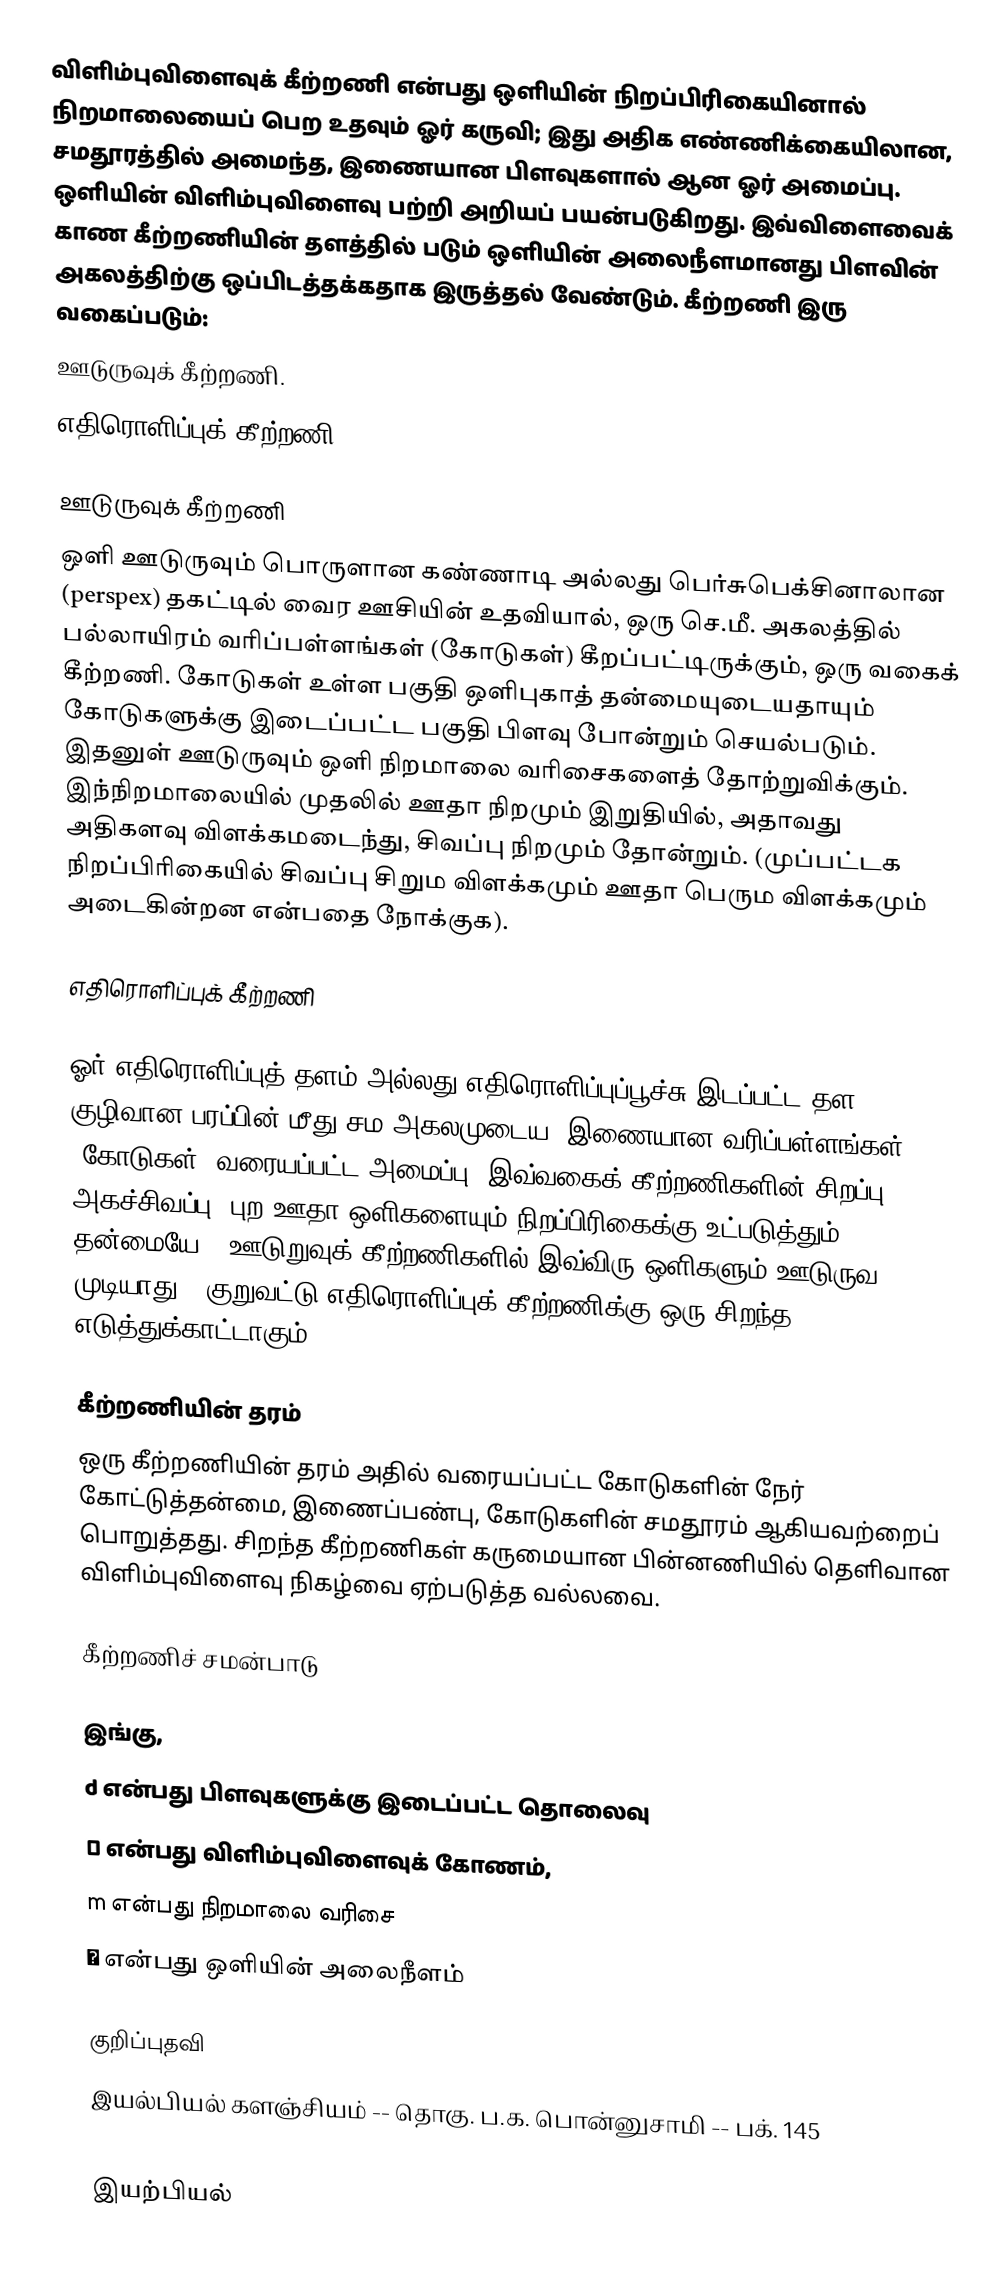
விளிம்புவிளைவுக் கீற்றணி என்பது ஒளியின் நிறப்பிரிகையினால் நிறமாலையைப் பெற உதவும் ஓர் கருவி; இது அதிக எண்ணிக்கையிலான, சமதூரத்தில் அமைந்த, இணையான பிளவுகளால் ஆன ஓர் அமைப்பு. ஒளியின் விளிம்புவிளைவு பற்றி அறியப் பயன்படுகிறது. இவ்விளைவைக் காண கீற்றணியின் தளத்தில் படும் ஒளியின் அலைநீளமானது பிளவின் அகலத்திற்கு ஒப்பிடத்தக்கதாக இருத்தல் வேண்டும். கீற்றணி இரு வகைப்படும்:
 ஊடுருவுக் கீற்றணி.
 எதிரொளிப்புக் கீற்றணி.

ஊடுருவுக் கீற்றணி
ஒளி ஊடுருவும் பொருளான கண்ணாடி அல்லது பெர்சுபெக்சினாலான (perspex) தகட்டில் வைர ஊசியின் உதவியால், ஒரு செ.மீ. அகலத்தில் பல்லாயிரம் வரிப்பள்ளங்கள் (கோடுகள்) கீறப்பட்டிருக்கும், ஒரு வகைக் கீற்றணி. கோடுகள் உள்ள பகுதி ஒளிபுகாத் தன்மையுடையதாயும் கோடுகளுக்கு இடைப்பட்ட பகுதி பிளவு போன்றும் செயல்படும். இதனுள் ஊடுருவும் ஒளி நிறமாலை வரிசைகளைத் தோற்றுவிக்கும். இந்நிறமாலையில் முதலில் ஊதா நிறமும் இறுதியில், அதாவது அதிகளவு விளக்கமடைந்து, சிவப்பு நிறமும் தோன்றும். (முப்பட்டக நிறப்பிரிகையில் சிவப்பு சிறும விளக்கமும் ஊதா பெரும விளக்கமும் அடைகின்றன என்பதை நோக்குக).

எதிரொளிப்புக் கீற்றணி

ஓர் எதிரொளிப்புத் தளம் அல்லது எதிரொளிப்புப்பூச்சு இடப்பட்ட தள / குழிவான பரப்பின் மீது சம அகலமுடைய, இணையான வரிப்பள்ளங்கள் (கோடுகள்) வரையப்பட்ட அமைப்பு. இவ்வகைக் கீற்றணிகளின் சிறப்பு அகச்சிவப்பு, புற ஊதா ஒளிகளையும் நிறப்பிரிகைக்கு உட்படுத்தும் தன்மையே. (ஊடுறுவுக் கீற்றணிகளில் இவ்விரு ஒளிகளும் ஊடுருவ முடியாது). குறுவட்டு எதிரொளிப்புக் கீற்றணிக்கு ஒரு சிறந்த எடுத்துக்காட்டாகும்.

கீற்றணியின் தரம்
ஒரு கீற்றணியின் தரம் அதில் வரையப்பட்ட கோடுகளின் நேர் கோட்டுத்தன்மை, இணைப்பண்பு, கோடுகளின் சமதூரம் ஆகியவற்றைப் பொறுத்தது. சிறந்த கீற்றணிகள் கருமையான பின்னணியில் தெளிவான விளிம்புவிளைவு நிகழ்வை ஏற்படுத்த வல்லவை.

கீற்றணிச் சமன்பாடு

இங்கு,
 d என்பது பிளவுகளுக்கு இடைப்பட்ட தொலைவு
 θ என்பது விளிம்புவிளைவுக் கோணம்,
 m என்பது நிறமாலை வரிசை
 λ என்பது ஒளியின் அலைநீளம்

குறிப்புதவி
 இயல்பியல் களஞ்சியம்  -- தொகு. ப.க. பொன்னுசாமி  -- பக். 145

இயற்பியல்